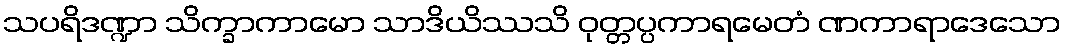
သပရိဒဏ္ဍာ သိက္ခာကာမော သာဒိယိဿသိ ဝုတ္တပ္ပကာရမေတံ ဏကာရာဒေသော